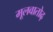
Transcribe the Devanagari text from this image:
मूलवातोढ़